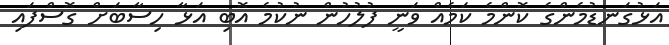
އަޅުގަނޑުމެންގެ ކޮންމެ ކަމެއް ވަނީ ފުލުހުން ނުކުމެ އޮބި އަޅާ ހިސާބަށް ގޮސްފައި